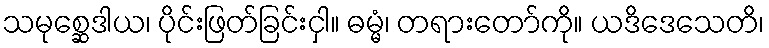
သမုစ္ဆေဒါယ၊ ပိုင်းဖြတ်ခြင်းငှါ။ ဓမ္မံ၊ တရားတော်ကို။ ယဒိဒေသေတိ၊